Indian Medical Review
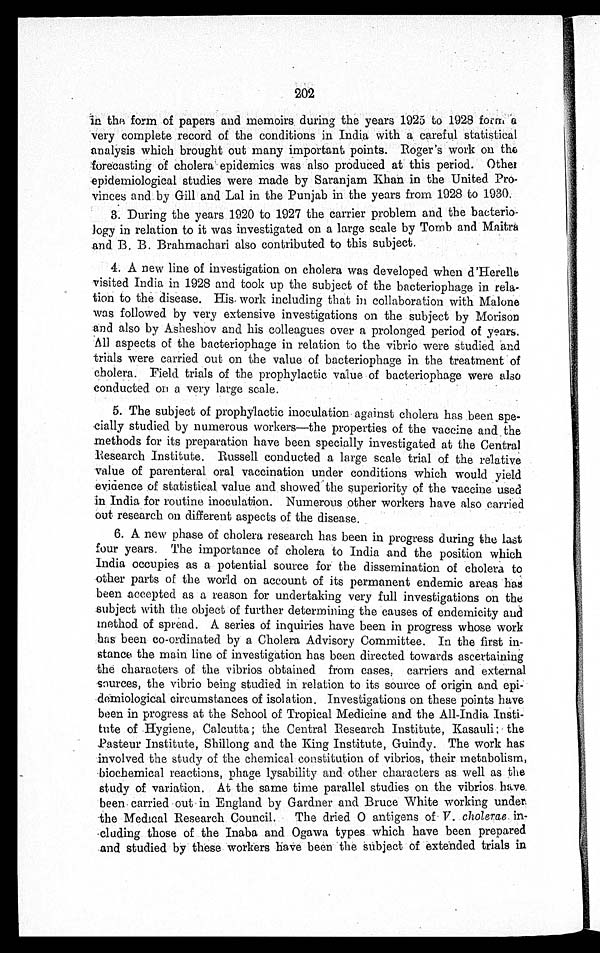
202
in the form of papers and memoirs during the years 1925 to 1928 form a
very complete record of the conditions in India with a careful statistical
analysis which brought out many important points. Roger's work on the
forecasting of cholera epidemics was also produced at this period. Other
epidemiological studies were made by Saranjam Khan in the United Pro-
vinces and by Gill and Lal in the Punjab in the years from 1928 to 1930.
3. During the years 1920 to 1927 the carrier problem and the bacterio- -
logy in relation to it was investigated on a large scale by Tomb and Maitre
and B. B. Brahmachari also contributed to this subject.
4. A new line of investigation on cholera was developed when d'Herelle
visited India in 1928 and took up the subject of the bacteriophage in rela-
tion to the disease. His work including that in collaboration with Malone
was followed by very extensive investigations on the subject by Morison
and also by Asheshov and his colleagues over a prolonged period of years.
All aspects of the bacteriophage in relation to the vibrio were studied and
trials were carried out on the value of bacteriophage in the treatment of
cholera. Field trials of the prophylactic value of bacteriophage were also
conducted on a very large scale.
5. The subject of prophylactic inoculation against cholera has been spe-
- c i a l l y s t u d i e d b y n u m e r o u s w o r k e r s — t h e p r o p e r t i e s o f t h e v a c c i n e a n d t h e
methods for its preparation have been specially investigated at the Central
Research Institute. Russell conducted .a large scale trial of the relative
value of parenteral oral vaccination under conditions which would yield
evidence of statistical value and showed the superiority of the vaccine used
in India for routine inoculation. Numerous other workers have also carried
out research on different aspects of the disease.
6. A new phase of cholera research has been in progress during the last
four years. The importance of cholera to India and the position which
India occupies as a potential source for the dissemination of cholera to
other parts of the world on account of its permanent endemic areas has
been accepted as a reason for undertaking very full investigations on the
subject with the object of further determining the causes of endemicity and
method of spread. A series of inquiries have been in progress whose work
has been co-ordinated by a Cholera Advisory Committee. In the first in--
stance the main line of investigation has been directed towards ascertaining
the characters of the vibrios obtained from cases carriers and external
sources, the vibrio being studied in relation to its source of origin and
epi-demiological circumstances of isolation. Investigations on these points have
been in progress at the School of Tropical Medicine and the All-India Insti-
tute of Hygiene, Calcutta; the Central Research Institute, Kasauli; the
Pasteur Institute, Shillong and the King Institute, Guindy. The work has
involved the study of the chemical constitution of vibrios, their metabolism,
biochemical reactions, phase lysability and other characters as well as the
study of variation. At the same time parallel studies on the vibrios have
been carried out in England by Gardner and Bruce White working under
the Medical Research Council. The dried O antigens of V. cholerae in
-cluding those of the Inaba and Ogawa types which have been prepared
and studied by these workers ha ve been the subject of extended trials in